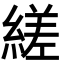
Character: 縒